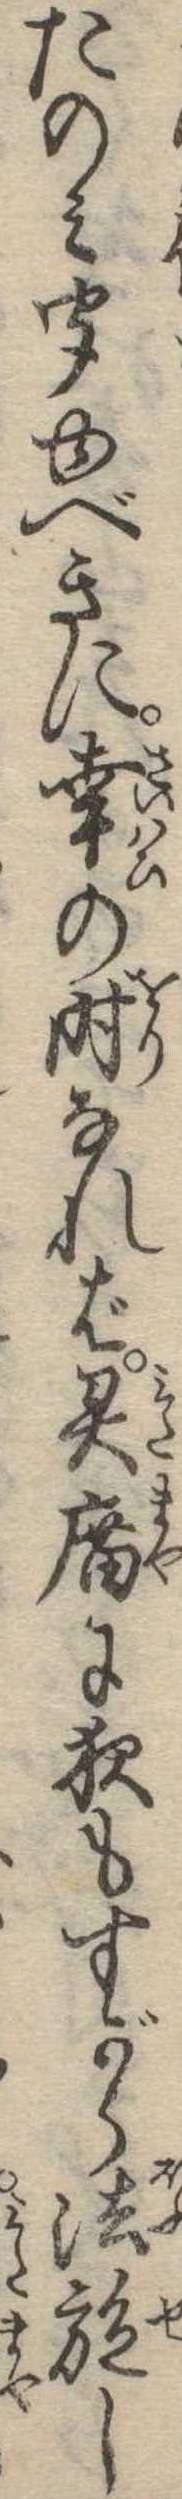
たのみ聞ゆべきに幸の時なれば霊広に夜もすがら法施し